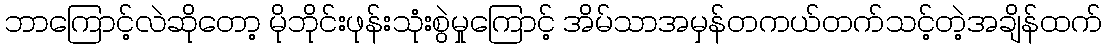
ဘာကြောင့်လဲဆိုတော့ မိုဘိုင်းဖုန်းသုံးစွဲမှုကြောင့် အိမ်သာအမှန်တကယ်တက်သင့်တဲ့အချိန်ထက်